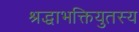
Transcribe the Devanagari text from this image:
श्रद्धाभक्तियुतस्य